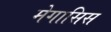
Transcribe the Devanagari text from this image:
मेगासिस